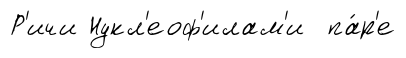
Р'ичи Нукл'еоф'илам'и па́р'е